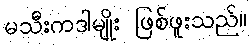
မသီးကဒါမျိုး ဖြစ်ဖူးသည်။